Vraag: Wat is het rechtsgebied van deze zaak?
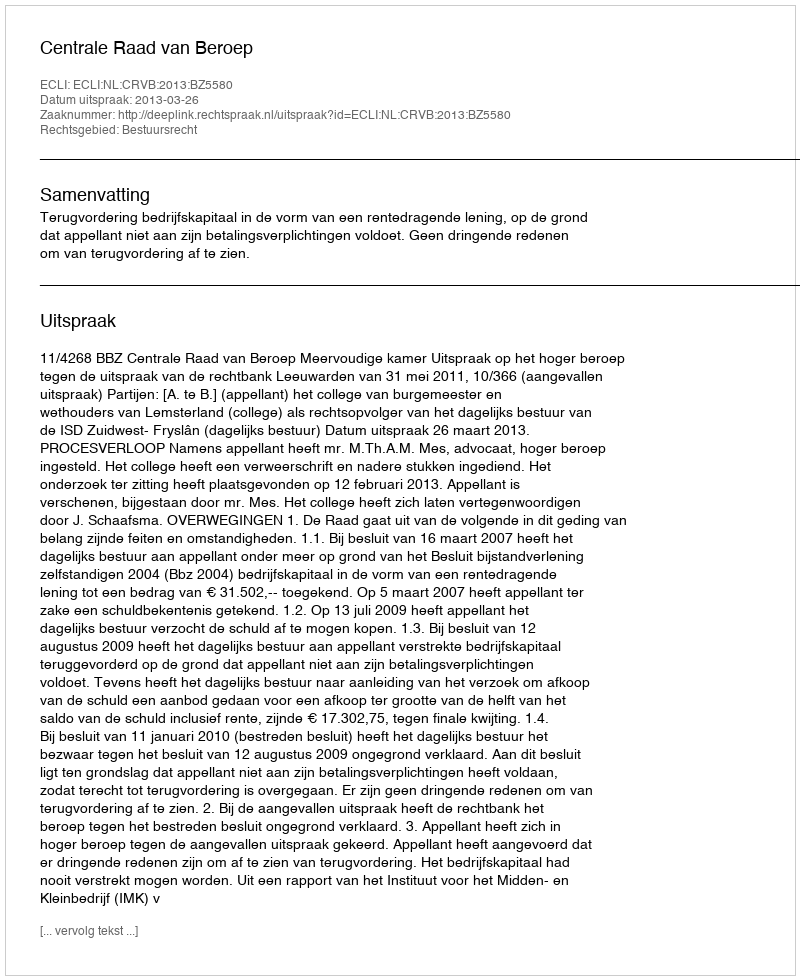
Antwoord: Bestuursrecht